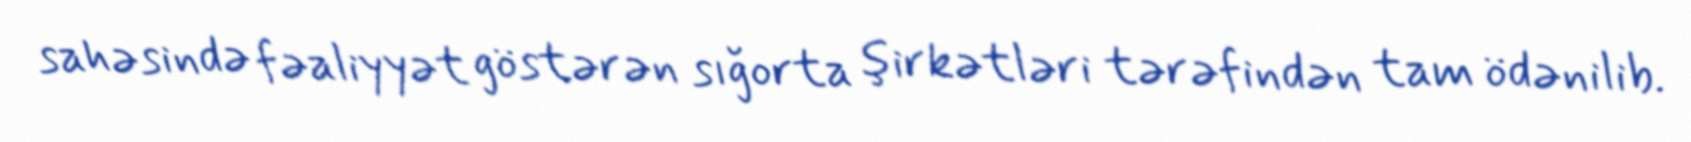
sahəsində fəaliyyət göstərən sığorta şirkətləri tərəfindən tam ödənilib.